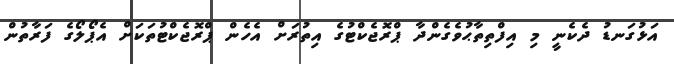
އަޅުގަނޑު ދެކެނީ މި އިފްތިތާޙުވެގެންދާ ޕްރޮޖެކްޓުގެ އިތުރަށް އެހެން ޕްރޮޖެކްޓުތަކަށް އެޕޯލޯގެ ފަރާތުން